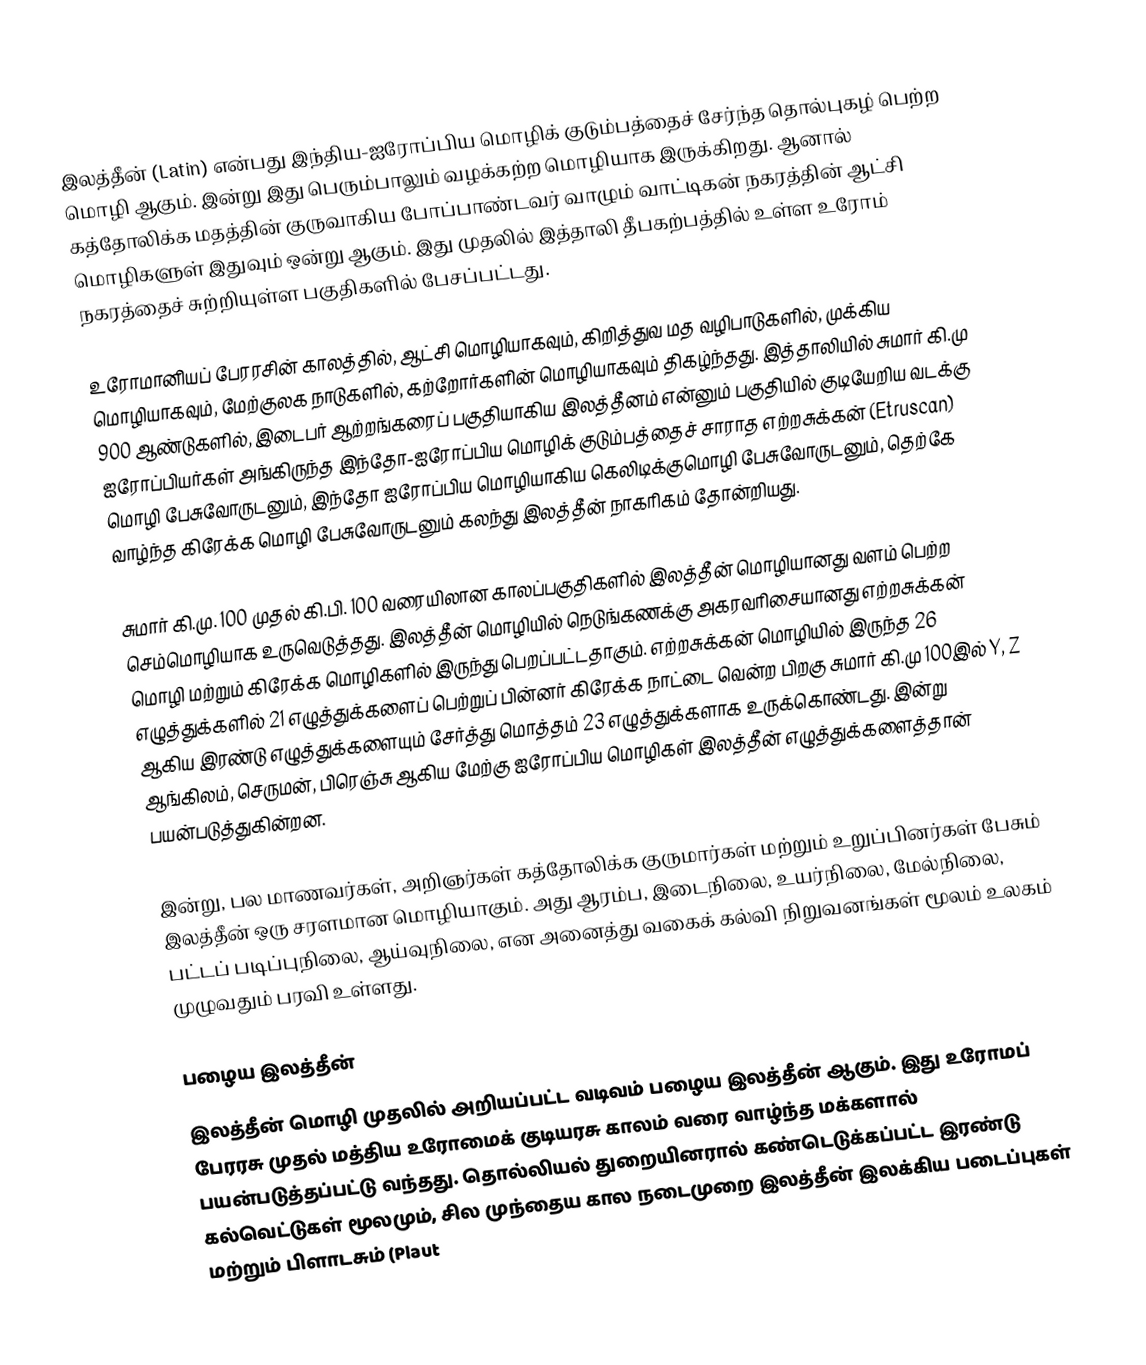
இலத்தீன் (Latin)  என்பது இந்திய-ஐரோப்பிய மொழிக் குடும்பத்தைச் சேர்ந்த தொல்புகழ் பெற்ற மொழி ஆகும். இன்று இது பெரும்பாலும் வழக்கற்ற மொழியாக இருக்கிறது. ஆனால் கத்தோலிக்க மதத்தின் குருவாகிய போப்பாண்டவர் வாழும் வாட்டிகன் நகரத்தின் ஆட்சி மொழிகளுள் இதுவும் ஒன்று ஆகும். இது முதலில் இத்தாலி தீபகற்பத்தில் உள்ள உரோம் நகரத்தைச் சுற்றியுள்ள பகுதிகளில் பேசப்பட்டது.

உரோமானியப் பேரரசின் காலத்தில், ஆட்சி மொழியாகவும், கிறித்துவ மத வழிபாடுகளில், முக்கிய மொழியாகவும், மேற்குலக நாடுகளில், கற்றோர்களின் மொழியாகவும் திகழ்ந்தது. இத்தாலியில் சுமார் கி.மு 900 ஆண்டுகளில், இடைபர் ஆற்றங்கரைப் பகுதியாகிய இலத்தீனம் என்னும் பகுதியில் குடியேறிய வடக்கு ஐரோப்பியர்கள் அங்கிருந்த இந்தோ-ஐரோப்பிய மொழிக் குடும்பத்தைச் சாராத எற்றசுக்கன் (Etruscan) மொழி பேசுவோருடனும், இந்தோ ஐரோப்பிய மொழியாகிய கெலிடிக்குமொழி பேசுவோருடனும், தெற்கே வாழ்ந்த கிரேக்க மொழி பேசுவோருடனும் கலந்து இலத்தீன் நாகரிகம் தோன்றியது.

சுமார் கி.மு. 100 முதல் கி.பி. 100 வரையிலான காலப்பகுதிகளில் இலத்தீன் மொழியானது வளம் பெற்ற செம்மொழியாக உருவெடுத்தது. இலத்தீன் மொழியில் நெடுங்கணக்கு அகரவரிசையானது எற்றசுக்கன் மொழி மற்றும் கிரேக்க மொழிகளில் இருந்து பெறப்பட்டதாகும். எற்றசுக்கன் மொழியில் இருந்த 26 எழுத்துக்களில் 21 எழுத்துக்களைப் பெற்றுப் பின்னர் கிரேக்க நாட்டை வென்ற பிறகு சுமார் கி.மு 100இல் Y, Z ஆகிய இரண்டு எழுத்துக்களையும் சேர்த்து மொத்தம் 23 எழுத்துக்களாக உருக்கொண்டது. இன்று ஆங்கிலம், செருமன், பிரெஞ்சு ஆகிய மேற்கு ஐரோப்பிய மொழிகள் இலத்தீன் எழுத்துக்களைத்தான் பயன்படுத்துகின்றன.

இன்று, பல மாணவர்கள், அறிஞர்கள் கத்தோலிக்க குருமார்கள் மற்றும் உறுப்பினர்கள் பேசும் இலத்தீன் ஒரு சரளமான மொழியாகும். அது ஆரம்ப, இடைநிலை, உயர்நிலை, மேல்நிலை, பட்டப் படிப்புநிலை, ஆய்வுநிலை, என அனைத்து வகைக் கல்வி நிறுவனங்கள் மூலம் உலகம் முழுவதும் பரவி உள்ளது.

பழைய இலத்தீன்
இலத்தீன் மொழி முதலில் அறியப்பட்ட வடிவம் பழைய இலத்தீன் ஆகும். இது உரோமப் பேரரசு முதல் மத்திய உரோமைக் குடியரசு காலம் வரை வாழ்ந்த மக்களால் பயன்படுத்தப்பட்டு வந்தது. தொல்லியல் துறையினரால் கண்டெடுக்கப்பட்ட இரண்டு கல்வெட்டுகள் மூலமும், சில முந்தைய கால நடைமுறை இலத்தீன் இலக்கிய படைப்புகள் மற்றும் பிளாடசும் (Plaut